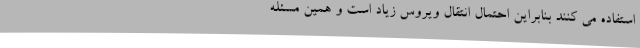
استفاده می کنند بنابراین احتمال انتقال ویروس زیاد است و همین مسئله